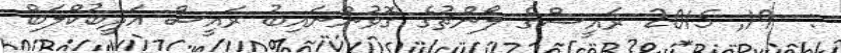
:  19